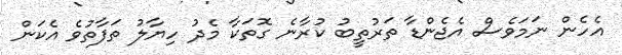
އެހެން ނަމަވެސް އެޖެންޑާ ތަރުތީބު ކުރާނެ ގޮތަކާ މެދު ހިޔާލު ތަފާތުވެ އެކަން